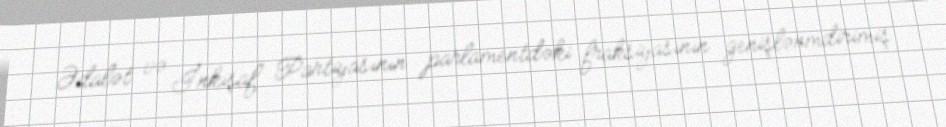
Ədalət və İnkişaf Partiyasının parlamentdəki fraksiyasının genişlənmdirimiş